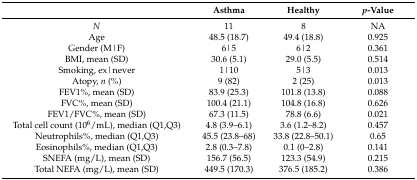
|  | Asthma | Healthy | p-Value |
 | --- | --- | --- | --- |
 | N | 11 | 8 | NA |
 | Age | 48.5 (18.7) | 49.4 (18.8) | 0.925 |
 | Gender (M|F) | 6|5 | 6|2 | 0.361 |
 | BMI, mean (SD) | 30.6 (5.1) | 29.0 (5.5) | 0.514 |
 | Smoking, ex|never | 1|10 | 5|3 | 0.013 |
 | Atopy, n (%) | 9 (82) | 2 (25) | 0.013 |
 | FEV1%, mean (SD) | 83.9 (25.3) | 101.8 (13.8) | 0.088 |
 | FVC%, mean (SD) | 100.4 (21.1) | 104.8 (16.8) | 0.626 |
 | FEV1/FVC%, mean (SD) | 67.3 (11.5) | 78.8 (6.6) | 0.021 |
 | Total cell count (106/mL), median (Q1,Q3) | 4.8 (3.9–6.1) | 3.6 (1.2–8.2) | 0.457 |
 | Neutrophils%, median (Q1,Q3) | 45.5 (23.8–68) | 33.8 (22.8–50.1) | 0.65 |
 | Eosinophils%, median (Q1,Q3) | 2.8 (0.3–7.8) | 0.1 (0–2.8) | 0.141 |
 | SNEFA (mg/L), mean (SD) | 156.7 (56.5) | 123.3 (54.9) | 0.215 |
 | Total NEFA (mg/L), mean (SD) | 449.5 (170.3) | 376.5 (185.2) | 0.386 |